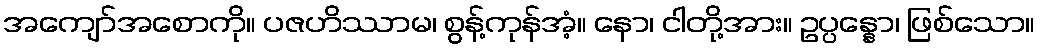
အကျော်အစောကို။ ပဇဟိဿာမ၊ စွန့်ကုန်အံ့။ နော၊ ငါတို့အား။ ဥပ္ပန္နော၊ ဖြစ်သော။